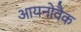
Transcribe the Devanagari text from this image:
आयनोवैक